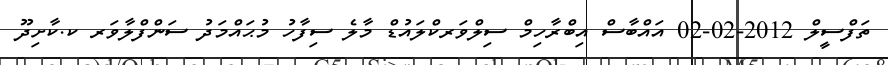
ތަފްސީލް 2012-02-02 އައްބާސް އިބްރާހިމް ސިލްވަރކްލައުޑް މާލެ ސިފާހު މުޙައްމަދު ސަންފްލާވަރ ކ.ކާށިދޫ